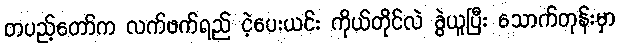
တပည့်တော်က လက်ဖက်ရည် ငဲ့ပေးယင်း ကိုယ်တိုင်လဲ ခွဲယူပြီး သောက်တုန်းမှာ